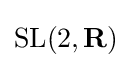
{\mbox{SL}}(2,\mathbf {R} )